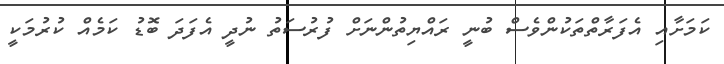
ކަމަށާއި އެފަރާތްތަކުންވެސް ބުނީ ރައްޔިތުންނަށް ފުރުސަތު ނުދީ އެފަދަ ބޮޑު ކަމެއް ކުރުމަކީ